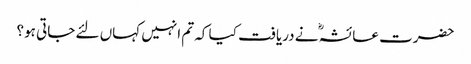
حضرت عائشہؓ نے دریافت کیا کہ تم انہیں کہاں لئے جاتی ہو؟